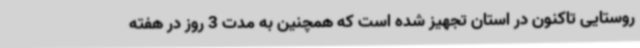
روستایی تاکنون در استان تجهیز شده ‌است که همچنین به مدت 3 روز در هفته